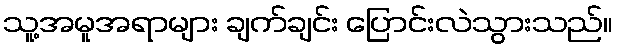
သူ့အမူအရာများ ချက်ချင်း ပြောင်းလဲသွားသည်။